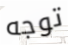
توجه